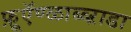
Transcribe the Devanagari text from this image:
फ़ूऍण्ळाब्ब्ऱाडा